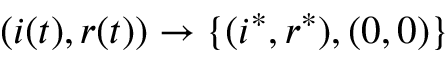
( i ( t ) , r ( t ) ) \to \{ ( i ^ { * } , r ^ { * } ) , ( 0 , 0 ) \}